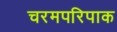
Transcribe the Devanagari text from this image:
चरमपरिपाक